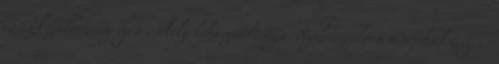
és eszközállomány igen csekély kihasználtsága. Nyilvánvalóan a néphadsereg is